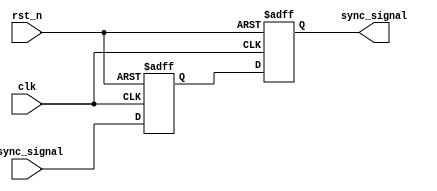
module dual_ff_synchronizer (
    input wire clk,            // Clock signal from the target clock domain
    input wire async_signal,   // Asynchronous input signal to be synchronized
    input wire rst_n,          // Asynchronous active-low reset signal
    output reg sync_signal      // Synchronized output signal
);

// Internal signals for the two flip-flops
reg ff1_out; // Output of the first flip-flop

// First flip-flop (FF1)
always @(posedge clk or negedge rst_n) begin
    if (!rst_n) begin
        ff1_out <= 1'b0; // Reset FF1 output to 0
    end else begin
        ff1_out <= async_signal; // Capture the asynchronous input signal
    end
end

// Second flip-flop (FF2)
always @(posedge clk or negedge rst_n) begin
    if (!rst_n) begin
        sync_signal <= 1'b0; // Reset synchronized output to 0
    end else begin
        sync_signal <= ff1_out; // Capture the output of FF1
    end
end

endmodule